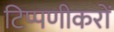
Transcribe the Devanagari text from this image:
टिप्पणीकरों